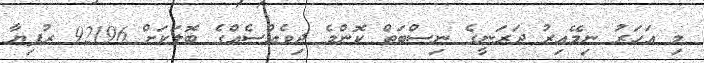
މި އަހަރު ނިމޭއިރު ދަރަނީގެ ނިސްބަތް ކޮންމެ ދިވެއްސެއްގެ ބޮލަކަށް 92196 ރުފިޔާ